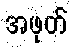
အဖုတ်